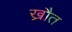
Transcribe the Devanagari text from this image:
ख्रौत